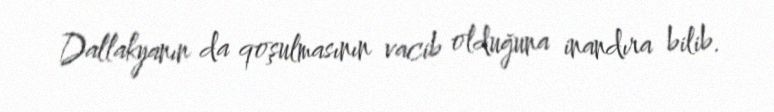
Dallakyanın da qoşulmasının vacib olduğuna inandıra bilib.